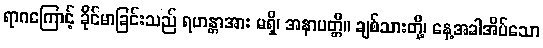
ရာဂကြောင့် ခိုင်မာခြင်းသည် ရဟန္တာအား မရှိ၊ အနာပတ္တိ။ ချစ်သားတို့၊ နေ့အခါအိပ်သော